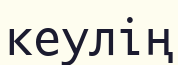
кеулің